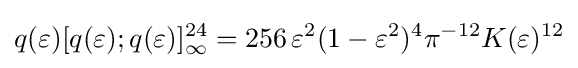
q(\varepsilon )[q(\varepsilon );q(\varepsilon )]_{\infty }^{24}=256\,\varepsilon ^{2}(1-\varepsilon ^{2})^{4}\pi ^{-{12}}K(\varepsilon )^{12}